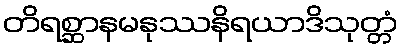
တိရစ္ဆာနမနုဿနိရယာဒိသုတ္တံ